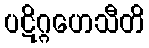
ပဋိဂ္ဂဟေသီတိ